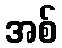
အစ်